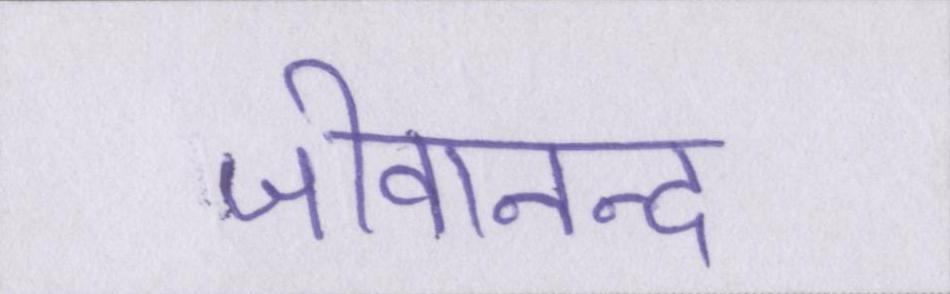
जीवानन्द